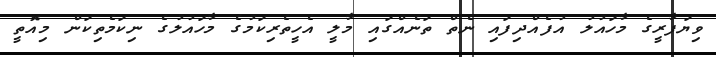
ވިޔަފާރީގެ މާހައުލު އުފެއްދިފައި ނެތް ތަނެއްގައި މާލީ އެހީތެރިކަމުގެ މާހައުލުގެ ނިކަމެތިކަން މިއޮތީ